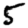
Digit: 5